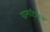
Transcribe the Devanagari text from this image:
ग्रामाटिसिज